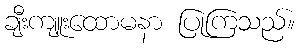
ချီးကျူးထောမနာ ပြုကြသည်။